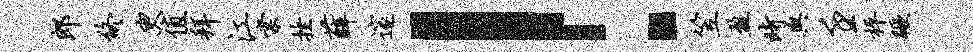
郎终臾值拜江棠挫薛邃！笠盈时舆壬枰蹶